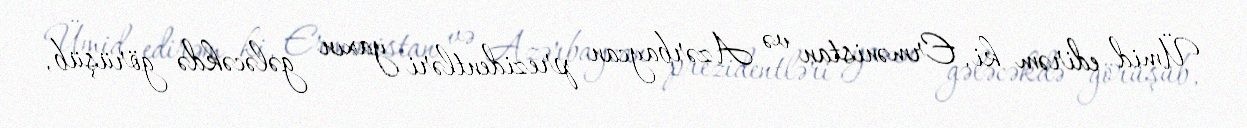
Ümid edirəm ki, Ermənistan və Azərbaycan prezidentləri yaxın gələcəkdə görüşüb,